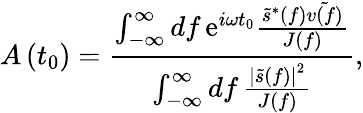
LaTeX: A\left(t_{0}\right)=\frac{\int_{-\infty}^{\infty}\mathop{df}\mathrm{e}^{i\omega t_{0}}\frac{\tilde{s}^{*}(f)\tilde{v(f)}}{J(f)}}{\int_{-\infty}^{\infty}\mathop{df}\frac{\left|\tilde{s}(f)\right|^{2}}{J(f)}},